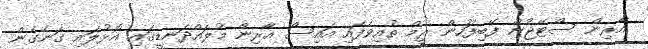
އާރިން ސްޓޭޖުން ފޭބިފަހުން ރީމް ތުއިވެފައި އައިސް އާރިން މުލައްދަނޑީގައި އޮޅުލައި ގަނެގެން